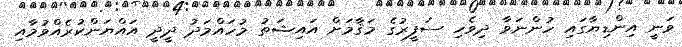
ވަނީ އިންޑިޔާގައި ހުންނަވާ ދިވެހި ސަފީރުގެ މަޤާމަށް އައިޝަތު މުހައްމަދު ދީދީ އައްޔަންކުރެއްވުމާއި